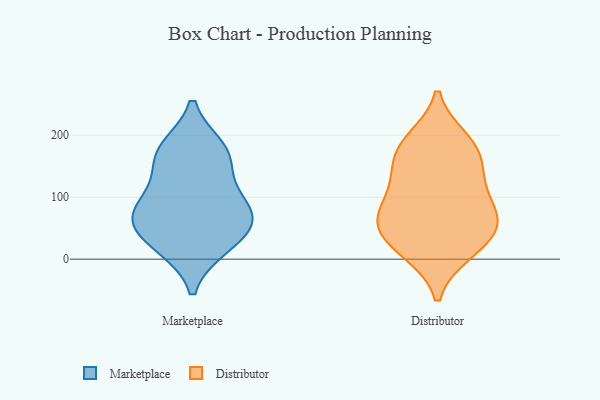
{"axis": {"x": "Shipments", "y": "Value"}, "legend": ["Distributor", "Marketplace"], "data": [{"x": "", "y": 179, "type": "Marketplace"}, {"x": "", "y": 20, "type": "Marketplace"}, {"x": "", "y": 124, "type": "Marketplace"}, {"x": "", "y": 64, "type": "Marketplace"}, {"x": "", "y": 68, "type": "Marketplace"}, {"x": "", "y": 21, "type": "Marketplace"}, {"x": "", "y": 75, "type": "Marketplace"}, {"x": "", "y": 166, "type": "Marketplace"}, {"x": "", "y": 54, "type": "Marketplace"}, {"x": "", "y": 174, "type": "Marketplace"}, {"x": "", "y": 93, "type": "Marketplace"}, {"x": "", "y": 102, "type": "Distributor"}, {"x": "", "y": 191, "type": "Distributor"}, {"x": "", "y": 59, "type": "Distributor"}, {"x": "", "y": 162, "type": "Distributor"}, {"x": "", "y": 61, "type": "Distributor"}, {"x": "", "y": 172, "type": "Distributor"}, {"x": "", "y": 62, "type": "Distributor"}, {"x": "", "y": 55, "type": "Distributor"}, {"x": "", "y": 193, "type": "Distributor"}, {"x": "", "y": 30, "type": "Distributor"}, {"x": "", "y": 82, "type": "Distributor"}, {"x": "", "y": 11, "type": "Distributor"}, {"x": "", "y": 134, "type": "Distributor"}, {"x": "", "y": 127, "type": "Distributor"}, {"x": "", "y": 11, "type": "Distributor"}]}